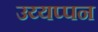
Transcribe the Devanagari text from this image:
उय्यप्पन